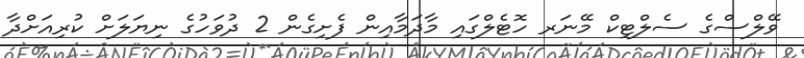
ވޭލްސްގެ ސެލްޓިކް މޭނަރ ހޮޓެލްގައި މާދަމާއިން ފެށިގެން 2 ދުވަހުގެ ނިޔަލަށް ކުރިއަށްދާ